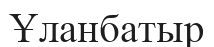
Ұланбатыр